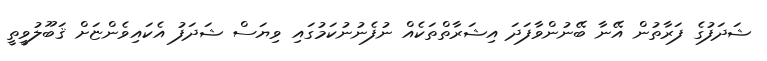
ޝަދަފުގެ ފަރާތުން އޭނާ ބޭނުންވާފަދަ އިޝަރާތްތަކެއް ނުފެނުނުކަމުގައި ވިޔަސް ޝަދަފު އެކައިވެންޏަށް ޤަބޫލުވީތީ